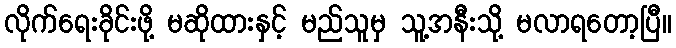
လိုက်ရေးခိုင်းဖို့ မဆိုထားနှင့် မည်သူမှ သူ့အနီးသို့ မလာရတော့ပြီ။